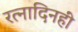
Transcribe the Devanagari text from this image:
रत्नादिनहीं